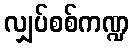
လျှပ်စစ်ကဏ္ဍ